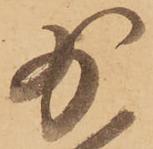
少